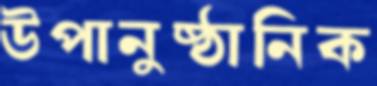
উপানুষ্ঠানিক